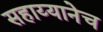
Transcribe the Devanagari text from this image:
सहाय्यानेच